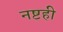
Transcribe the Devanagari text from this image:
नष्टही